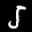
Label: 5